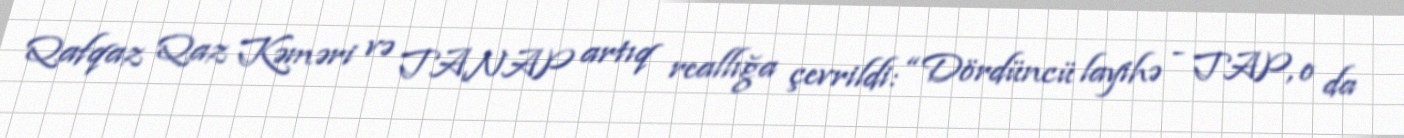
Qafqaz Qaz Kəməri və TANAP artıq reallığa çevrildi: “Dördüncü layihə - TAP, o da